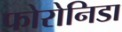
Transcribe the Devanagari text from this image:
फोरोनिडा